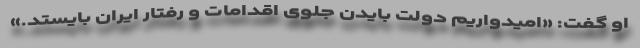
او گفت: «امیدواریم دولت بایدن جلوی اقدامات و رفتار ایران بایستد.»